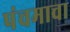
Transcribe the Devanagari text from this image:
पंचमाचा